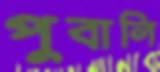
পুবালি